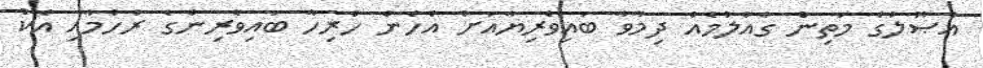
އުޞޫލުގެ މަތިން ގެއްލުމެއް ދިމާވާ ބައިވެރިޔާއަށް އެހެން ހުރިހާ ބައިވެރިންގެ ރުހުމާއި އެކު